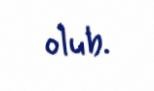
olub.